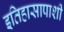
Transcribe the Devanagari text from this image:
इतिहासापाशी